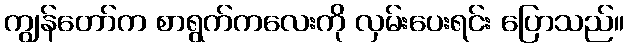
ကျွန်တော်က စာရွက်ကလေးကို လှမ်းပေးရင်း ပြောသည်။